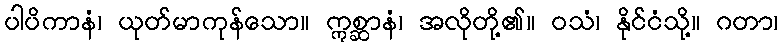
ပါပိကာနံ၊ ယုတ်မာကုန်သော။ ဣစ္ဆာနံ၊ အလိုတို့၏။ ဝသံ၊ နိုင်ငံသို့။ ဂတာ၊